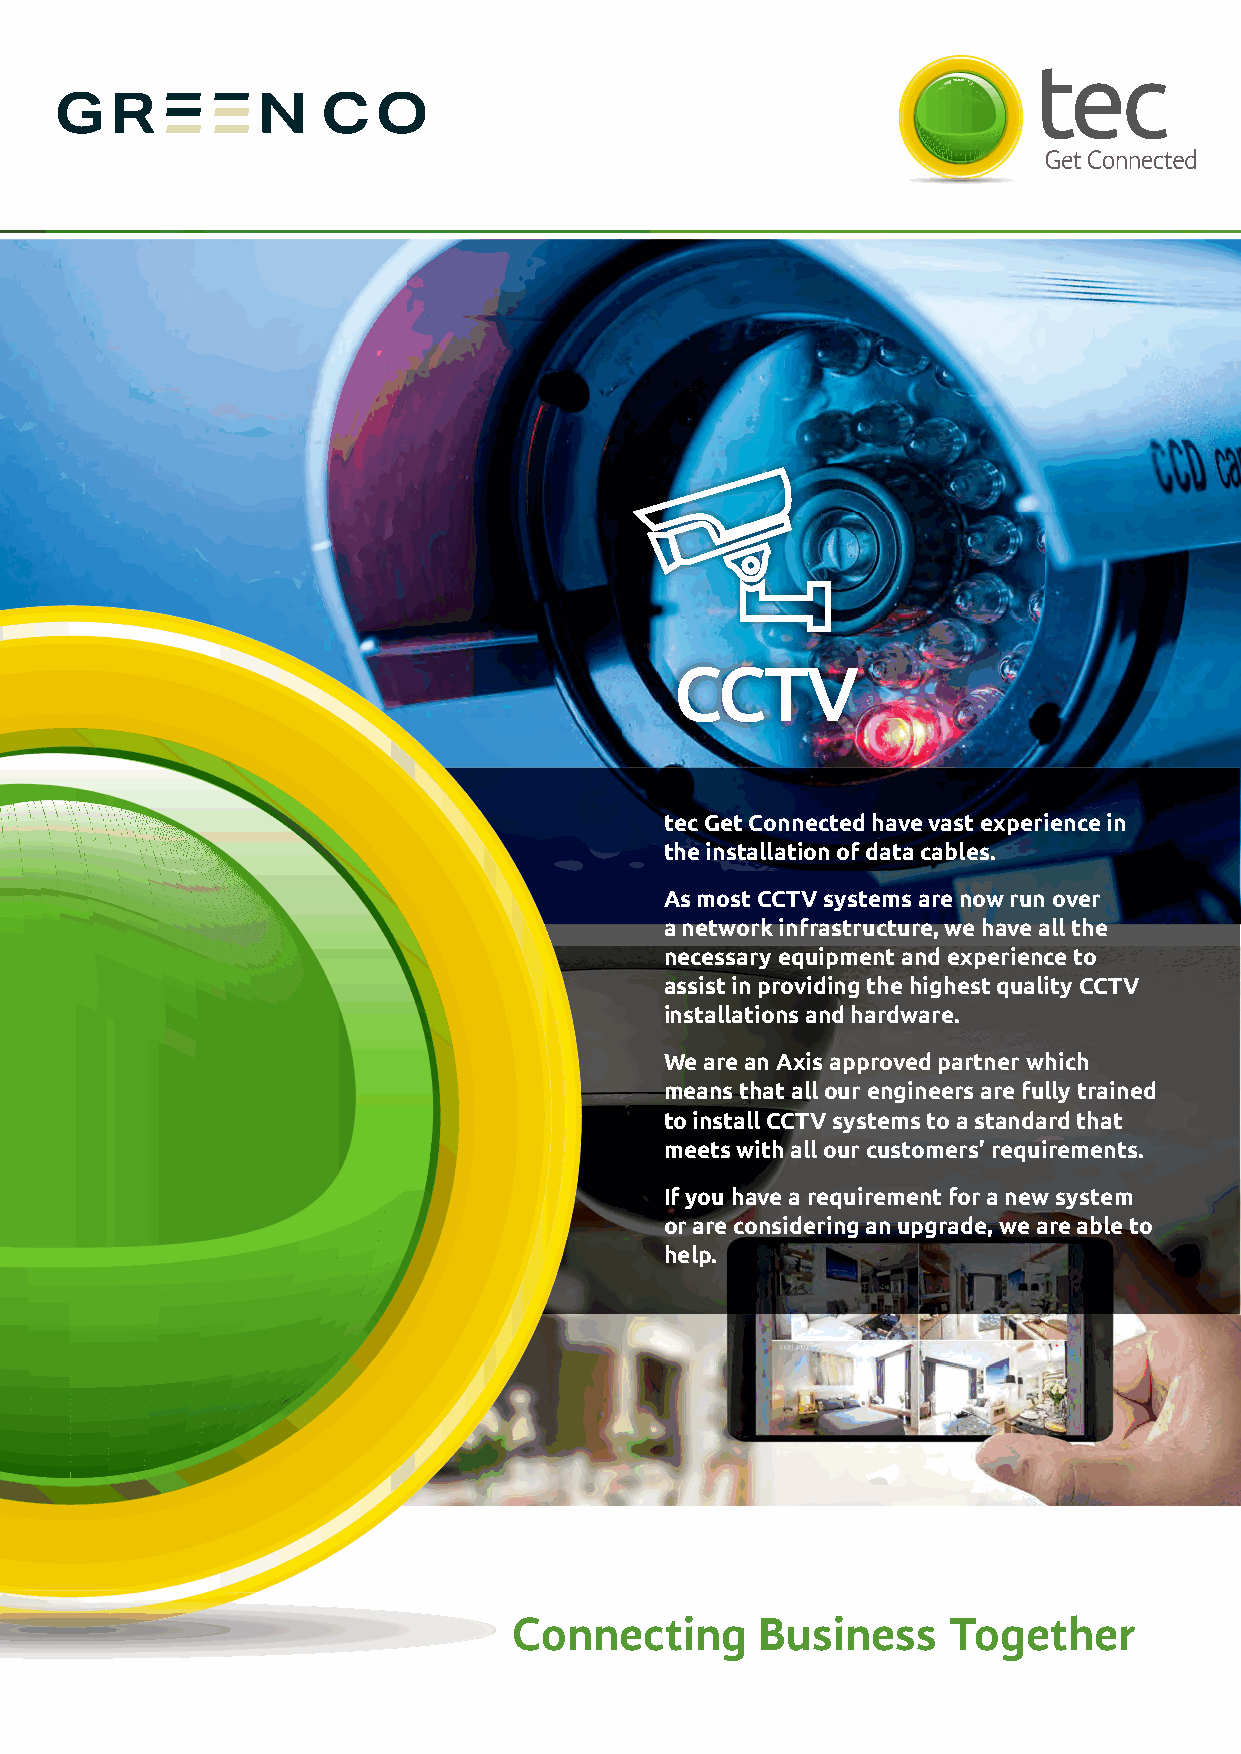
CCTV
 tec Get Connected have vast experience in
 the installation of data cables.
 As most CCTV systems are now run over
 a network infrastructure, we have all the
 necessary equipment and experience to
 assist in providing the highest quality CCTV
 installations and hardware.
 We are an Axis approved partner which
 means that all our engineers are fully trained
 to install CCTV systems to a standard that
 meets with all our customers’ requirements.
 If you have a requirement for a new system
 or are considering an upgrade, we are able to
 help.
 Connecting      Business     Together